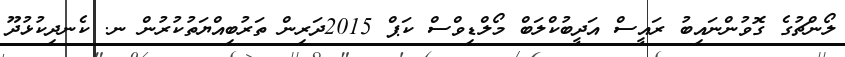
ލޯންޗުގެ ގޮވުންނައިބު ރައީސް އަދީބުކްލަބް މޯލްޑިވްސް ކަޕް 2015ދަރިން ތަރުބިއްޔަތުކުރުން ނ. ކެނދިކުޅުދޫ